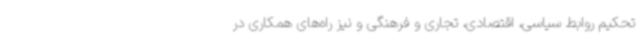
تحکیم روابط سیاسی، اقتصادی، تجاری و فرهنگی و نیز راه‌های همکاری در